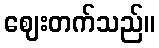
ဈေးတက်သည်။